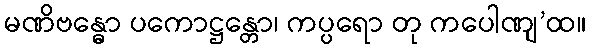
မဏိဗန္ဓော ပကောဋ္ဌန္တော၊ ကပ္ပရော တု ကပေါဏျ’ထ။